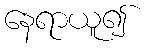
နေရာယူ၍